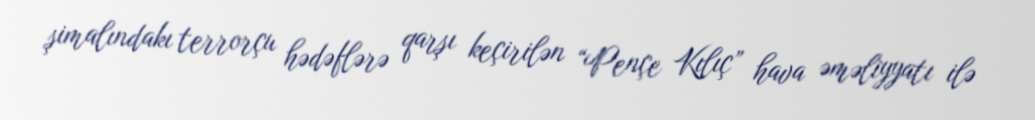
şimalındakı terrorçu hədəflərə qarşı keçirilən “Pençe Kılıç” hava əməliyyatı ilə